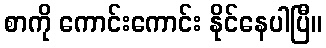
စာကို ကောင်းကောင်း နိုင်နေပါပြီ။